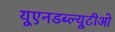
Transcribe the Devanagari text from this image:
यूएनडब्ल्यूटीओ